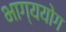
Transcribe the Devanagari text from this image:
भाग्ययोग